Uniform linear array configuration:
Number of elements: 48
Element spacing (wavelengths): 1
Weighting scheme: binomial
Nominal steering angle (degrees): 45
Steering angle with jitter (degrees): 44.693
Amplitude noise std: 0.05
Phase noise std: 0.05

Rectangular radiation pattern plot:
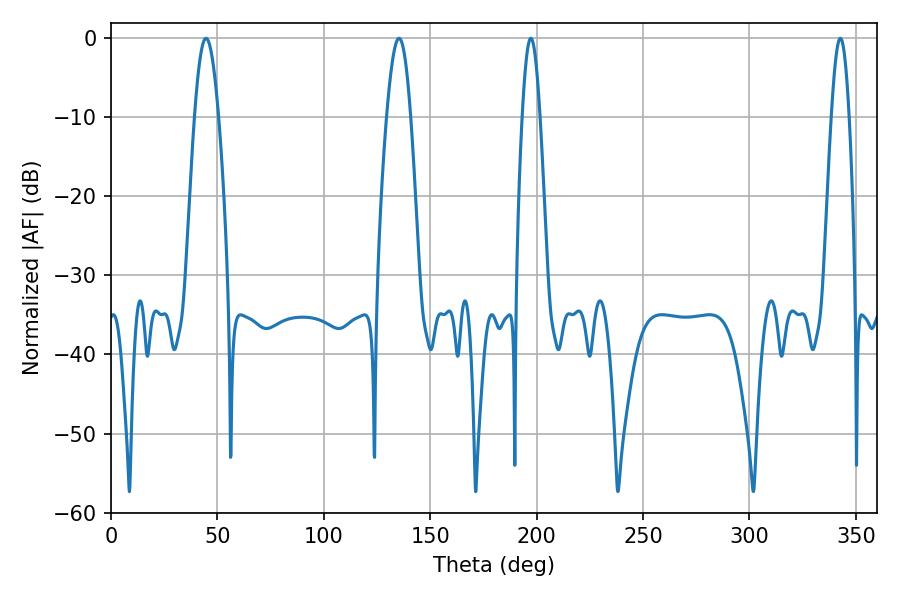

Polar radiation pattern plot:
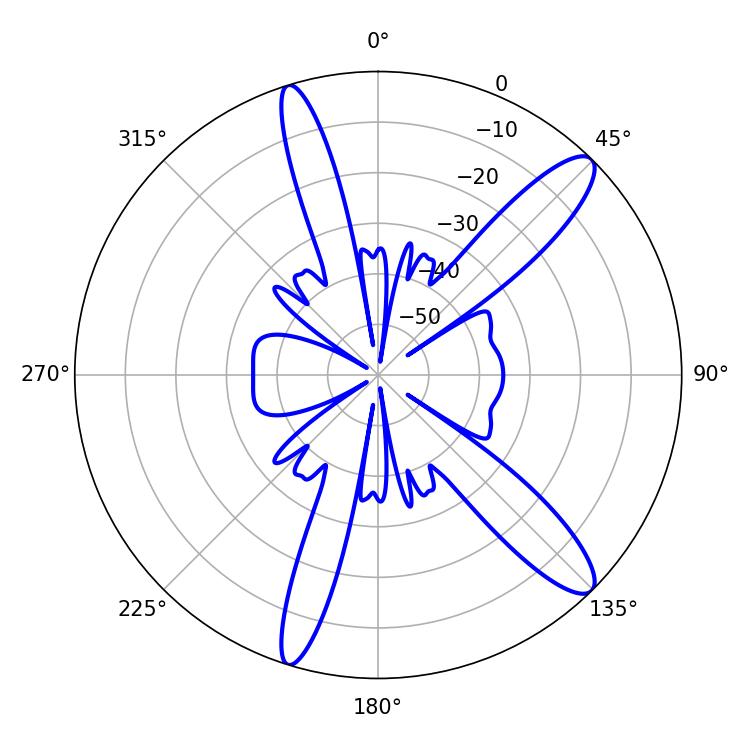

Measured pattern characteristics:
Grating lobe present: TRUE
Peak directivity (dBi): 12.522
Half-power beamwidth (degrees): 4.5
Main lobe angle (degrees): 197.28